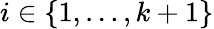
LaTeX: i\in\{ 1,\ldots,k+1\}